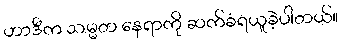
ဟာဒီက သမ္မတ နေရာကို ဆက်ခံရယူခဲ့ပါတယ်။